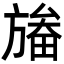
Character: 𣄏